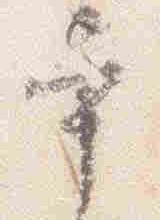
本